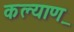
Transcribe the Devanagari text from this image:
कल्याण़